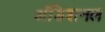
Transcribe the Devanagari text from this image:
अॅडिशनल